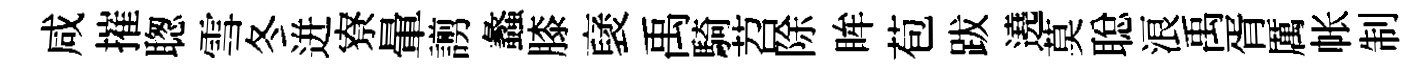
咸摧聦雪冬迸寮暈謭蠡膝裦禹騎苕除眸苞跋遶莫聪浪禹胥厲帐制